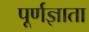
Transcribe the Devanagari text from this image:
पूर्णज्ञाता